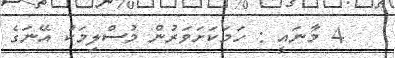
4 މާނައީ : ހަމަކަށަވަރުން މުސްލިމަކު އޭނަގެ